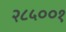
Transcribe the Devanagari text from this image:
२८५००१